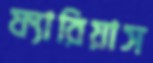
ফ্যারিয়াস